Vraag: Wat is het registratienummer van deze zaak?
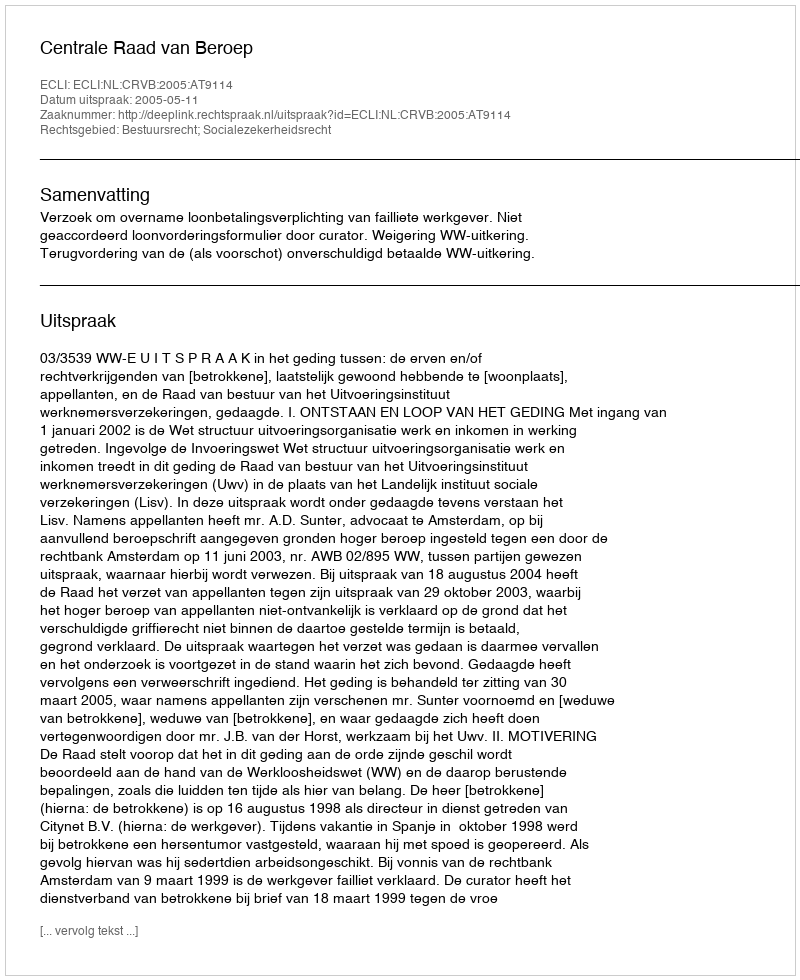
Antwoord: http://deeplink.rechtspraak.nl/uitspraak?id=ECLI:NL:CRVB:2005:AT9114